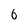
Character: 6